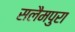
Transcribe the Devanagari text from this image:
सलैमपुरा